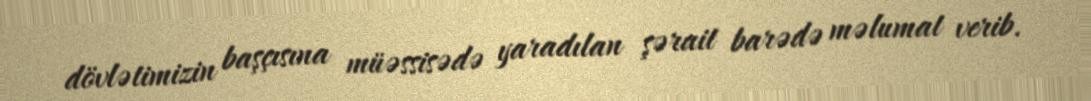
dövlətimizin başçısına müəssisədə yaradılan şərait barədə məlumat verib.